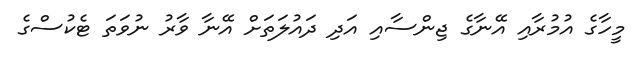
މީހާގެ އުމުރާއި އޭނާގެ ޖިންސާއި އަދި ދައުލަތަށް އޭނާ ވާރު ނުވަތަ ޓެކުސްގެ